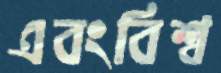
এবংবিশ্ব